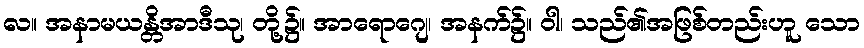
လ။ အနာမယန္တိအာဒီသု၊ တို့၌။ အာရောဂျေ၊ အနက်၌။ ဝါ၊ သည်၏အဖြစ်တည်းဟူ သော